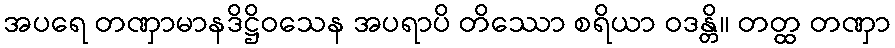
အပရေ တဏှာမာနဒိဋ္ဌိဝသေန အပရာပိ တိဿော စရိယာ ဝဒန္တိ။ တတ္ထ တဏှာ